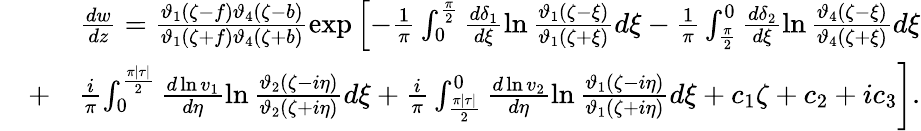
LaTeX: \begin{array}{rlr}&{}&{\frac{dw}{dz}=\frac{\vartheta_{1}(\zeta-f)\vartheta_{4}(\zeta-b)}{\vartheta_{1}(\zeta+f)\vartheta_{4}(\zeta+b)}\exp\left[-\frac{1}{\pi}\int_{0}^{\frac{\pi}{2}}\frac{d\delta_{1}}{d\xi}\ln\frac{\vartheta_{1}(\zeta-\xi)}{\vartheta_{1}(\zeta+\xi)}d\xi-\frac{1}{\pi}\int_{\frac{\pi}{2}}^{0}\frac{d\delta_{2}}{d\xi}\ln\frac{\vartheta_{4}(\zeta-\xi)}{\vartheta_{4}(\zeta+\xi)}d\xi\right.}\\ &{+}&{\frac{i}{\pi}\left.\int_{0}^{\frac{\pi|\tau|}{2}}\frac{d\ln v_{1}}{d\eta}\ln\frac{\vartheta_{2}(\zeta-i\eta)}{\vartheta_{2}(\zeta+i\eta)}d\xi+\frac{i}{\pi}\int_{\frac{\pi|\tau|}{2}}^{0}\frac{d\ln v_{2}}{d\eta}\ln\frac{\vartheta_{1}(\zeta-i\eta)}{\vartheta_{1}(\zeta+i\eta)}d\xi+c_{1}\zeta+c_{2}+ic_{3}\right].}\end{array}